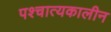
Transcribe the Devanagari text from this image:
पश्चात्यकालीन